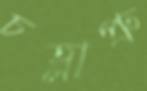
চহ্লাপ্রু